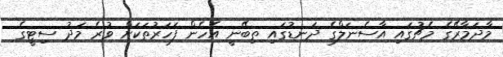
މާދަމާރޭގެ މެޗުގައި އާސެނަލްގެ ދަނޑުގައި ތިބޭނީ އެހެން ފަހަރުތަކަށް ވުރެ މަދު ސިޓީގެ